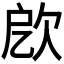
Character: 𣢛